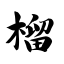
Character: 榴